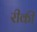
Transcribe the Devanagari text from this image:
रीकी